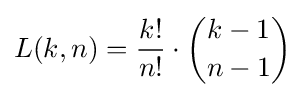
L(k,n)={\frac {k!}{n!}}\cdot {k-1 \choose n-1}